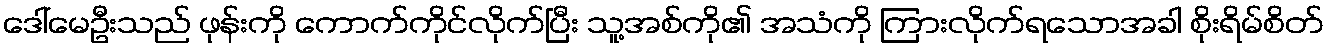
ဒေါ်မေဦးသည် ဖုန်းကို ကောက်ကိုင်လိုက်ပြီး သူ့အစ်ကို၏ အသံကို ကြားလိုက်ရသောအခါ စိုးရိမ်စိတ်